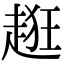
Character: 𧻺